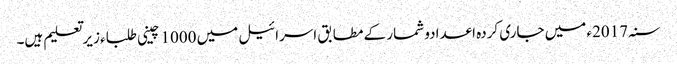
سنہ 2017ء میں جاری کردہ اعدادو شمار کے مطابق اسرائیل میں 1000 چینی طلباء زیرتعلیم ہیں۔